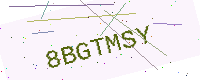
Text: 8BGTMSY